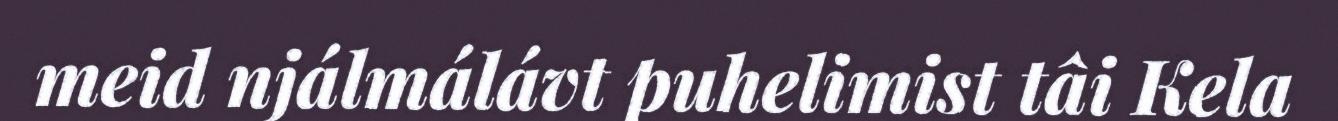
meid njálmálávt puhelimist tâi Kela